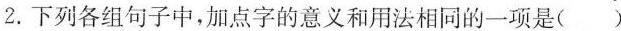
2.下列各组句子中，加点字的意义和用法相同的一项是( )